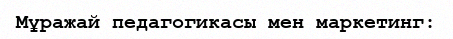
Мұражай педагогикасы мен маркетинг: